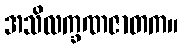
အသိလက္ခဏဇာတက။